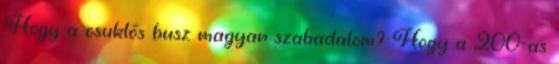
Hogy a csuklós busz magyar szabadalom? Hogy a 200-as